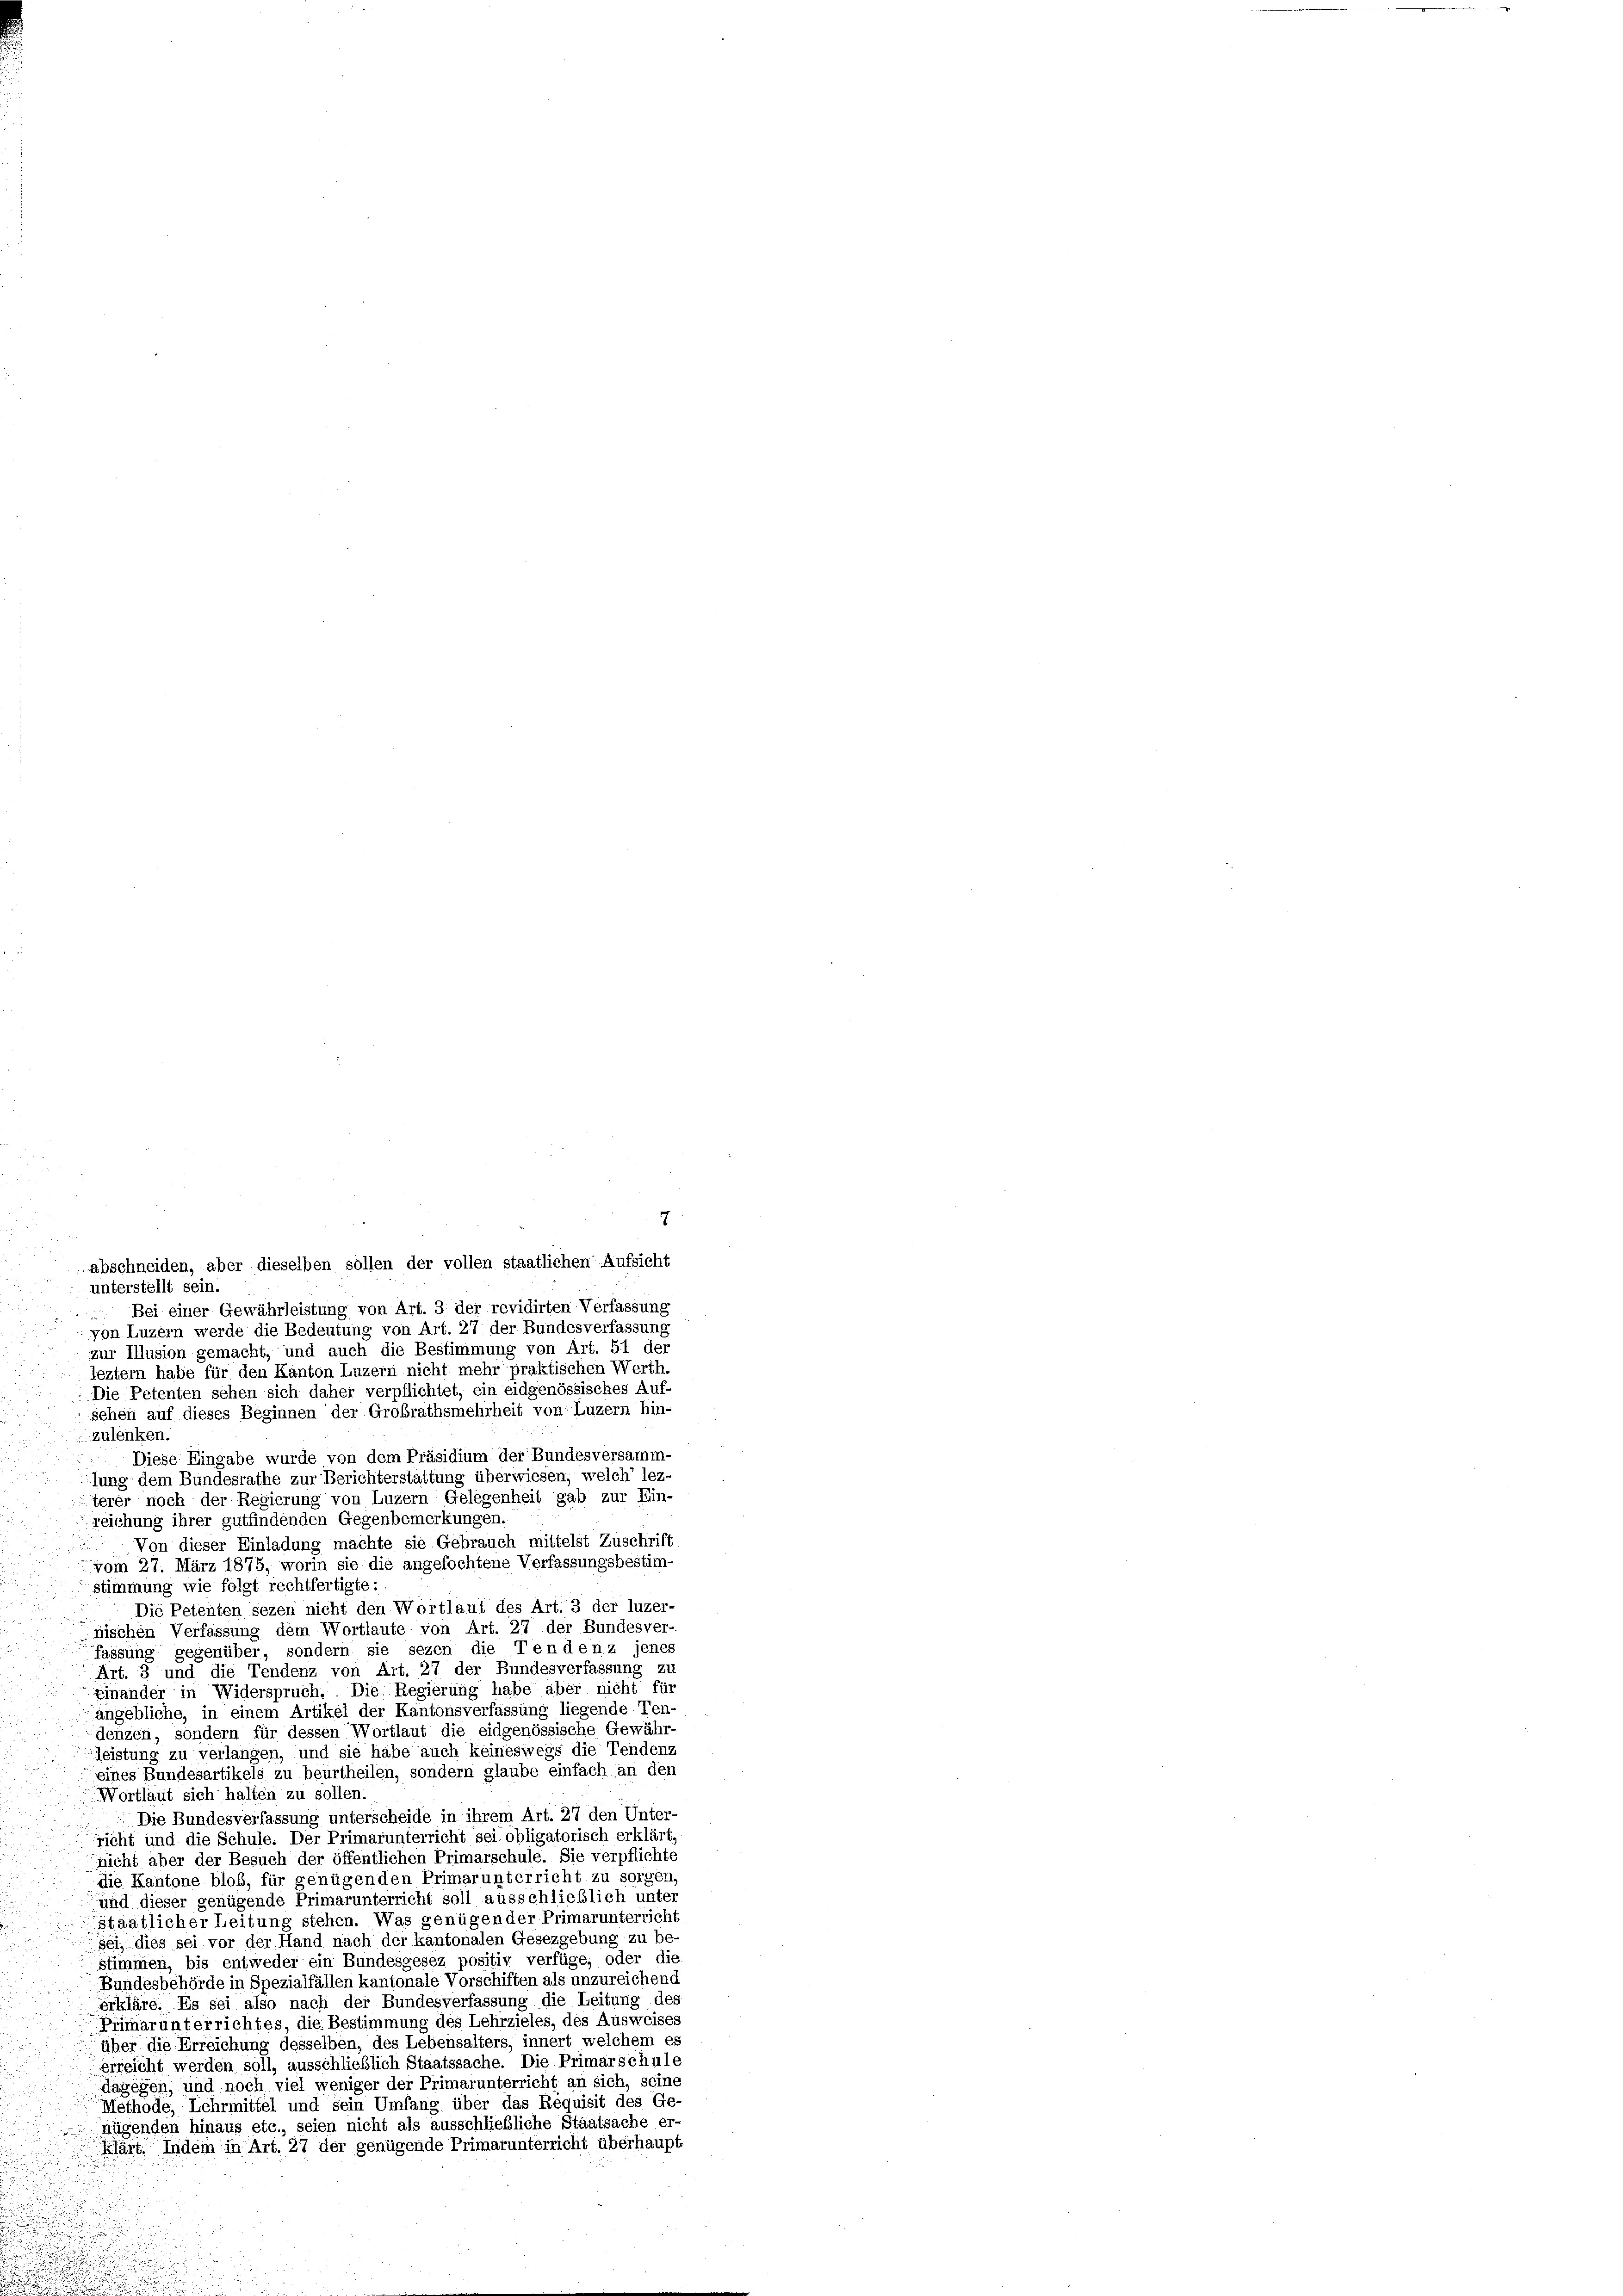
7
abschneiden, aber dieselben sollen der vollen staatlichen Aufsicht
unterstellt sein.
 Bei einer Gewährleistung von Art. 3 der revidirten Verfassung
von Luzern werde die Bedeutung von Art. 27 der Bundesverfassung
zur Illusion gemacht, und auch die Bestimmung von Art. 51 der
leztem habe für den Kanton Luzern nicht mehr praktischen Werth.
Die Petenten sehen sich daher verpflichtet, ein eidgenössisches Auf-
sehen auf dieses Beginnen der Grobrathsmehrheit von Luzern hin-
zulenken.
Diese Eingabe wurde von dem Präsidium der Bundesversamm
lung dem Bundesrathe zur Berichterstattung überwiesen; welch’ lezterer noch der Regierung von Luzern Gelegenheit gab zur Ein-
reichung ihrer gutfindenden Gegenbemerkungen.
Von dieser Einladung machte sie Gebrauch mittelst Zuschrift
vom 27. März 1875, worin sie die angefochtene Verfassungsbestim-
stimmung wie folgt rechtfertigte:
Die Petenten sezen nicht den Wortlaut des Art. 3 der luzer-
nischen Verfassung dem Wortlaute von Art. 27 der Bundesver-
fassung gegenüber, sondern sie sezen die Tendenz jenes
Art. 3 und die Tendenz von Art. 27 der Bundesverfassung zu
Einander in Widerspruch. Die Regierung habe aber nicht für
angebliche, in einem Artikel der Kantonsverfassung liegende Ten-
denzen, sondern für dessen Wortlaut die eidgenössische Gewähr-
leistung zu verlangen, und sie habe auch keineswegs die Tendenz
eines Bundesartikels zu beurtheilen, sondern glaube einfach an den
Wortlaut sich halten zu sollen.

Die Bundesverfassung unterscheide in ihrem Art. 27 den Unter-

richt und die Schule. Der Primarunterricht sei obligatorisch erklärt
nicht aber der Besuch der öffentlichen Primarschule. Sie verpflichte
die Kantone blob, für genügenden Primarunterricht zu sorgen
und dieser genügende Primarunterricht soll ausschließlich unter
staatlicher Leitung stehen. Was genügender Primarunterricht
sei, dies sei vor der Hand nach der kantonalen Gesezgebung zu be
stimmen, bis entweder ein Bundesgesez positiv verfüge, oder die
Bundesbehörde in Spezialfällen kantonale Vorschiften als unzureichend
erkläre. Es sei also nach der Bundesverfassung die Leitung des
Primarunterrichtes, die Bestimmung des Lehrzieles, des Ausweiser
über die Erreichung desselben, des Lebensalters, innert welchem es
erreicht werden soll, ausschließlich Staatssache. Die Primarschule
dagegen, und noch viel weniger der Primarunterricht an sich, seine
Methode, Lehrmittel und sein Umfang über das Requisit des Ge
nügenden hinaus etc., seien nicht als ausschließliche Staatsache er-
klärt. Indem in Art. 27 der genügende Primarunterricht überhaupt
u